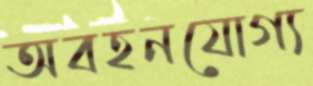
অবহনযোগ্য